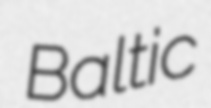
Baltic